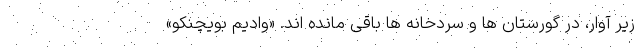
زیر آوار، در گورستان ها و سردخانه ها باقی مانده اند. «وادیم بویچنکو»